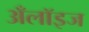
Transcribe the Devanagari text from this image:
अँलॉइज